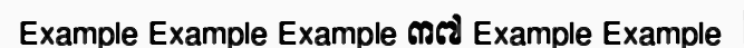
Example Example Example ៣៧ Example Example